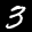
Label: 3